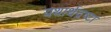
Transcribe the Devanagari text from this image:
यथार्थद्रष्टा